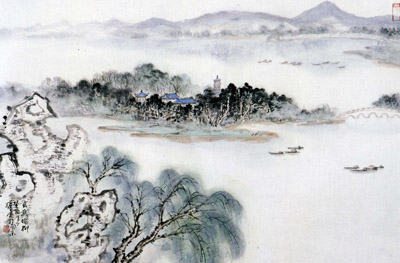
一溪烟柳万丝垂，无因系得兰舟住。